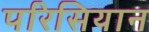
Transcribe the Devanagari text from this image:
परिसियान